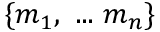
\{ m _ { 1 } , ~ . . . ~ m _ { n } \}